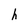
Character: h